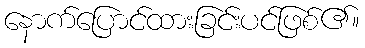
နောက်ပြောင်ထားခြင်းပင်ဖြစ်၏။